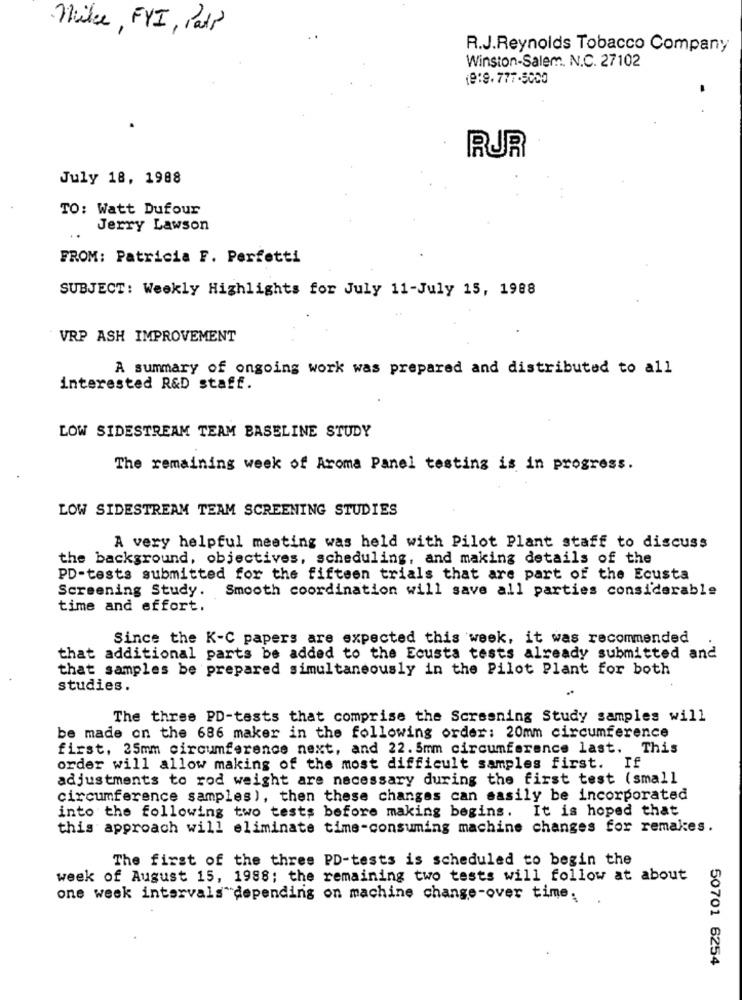
Nike, FYI, Pall
R.J.Reynolds Tobacco Company
Winston-Salem. N.C. 27102
19:9.777-5000
RUR
July 18, 1988
TO: Watt Dufour
Jerry Lawson
FROM: Patricia F. Perfetti
SUBJECT: Weekly Highlights for July 11-July 15, 1988
VRP ASH IMPROVEMENT
A summary of ongoing work was prepared and distributed to all
interested R&D staff.
LOW SIDESTREAM TEAM BASELINE STUDY
The remaining week of Aroma Panel testing is in progress.
LOW SIDESTREAM TEAM SCREENING STUDIES
A very helpful meeting was held with Pilot Plant staff to discuss
the background, objectives, scheduling, and making details of the
PD-tests submitted for the fifteen trials that are part of the Ecusta
Screening Study. Smooth coordination will save all parties considerable
time and effort.
Since the K-C papers are expected this week, it was recommended
that additional parts be added to the Ecusta tests already submitted and
that samples be prepared simultaneously in the Pilot Plant for both
studies.
The three PD-tests that comprise the Screening Study samples will
be made on the 686 maker in the following order: 20mm circumference
first, 25mm circumference next, and 22. 5mm circumference last. This
order will allow making of the most difficult samples first. If
adjustments to rod weight are necessary during the first test (small
circumference samples ), then these changes can sasily be incorporated
into the following two tests before making begins. It is hoped that
this approach will eliminate time-consuming machine changes for remakes.
The first of the thres PD-tests is scheduled to begin the
week of August 15, 1988; the remaining two tests will follow at about
one week intervals depending on machine change-over time;
50701 6254